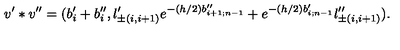
v ^ { \prime } * v ^ { \prime \prime } = ( b _ { i } ^ { \prime } + b _ { i } ^ { \prime \prime } , l _ { \pm ( i , i + 1 ) } ^ { \prime } e ^ { - ( h / 2 ) b _ { i + 1 ; n - 1 } ^ { \prime \prime } } + e ^ { - ( h / 2 ) b _ { i ; n - 1 } ^ { \prime } } l _ { \pm ( i , i + 1 ) } ^ { \prime \prime } ) .